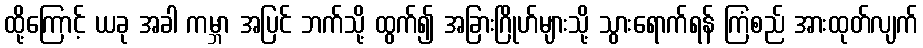
ထို့ကြောင့် ယခု အခါ ကမ္ဘာ အပြင် ဘက်သို့ ထွက်၍ အခြားဂြိုဟ်များသို့ သွားရောက်ရန် ကြံစည် အားထုတ်လျက်